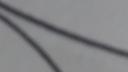
Signature authenticity: forged